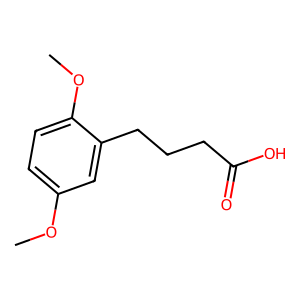
SMILES: COc1ccc(OC)c(CCCC(=O)O)c1
Inhibits HIV replication: No